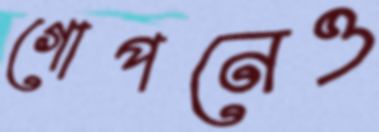
গোপনেও